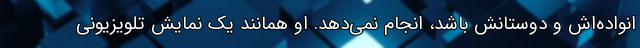
انواده‌اش و دوستانش باشد، انجام نمی‌دهد. او همانند یک نمایش تلویزیونی